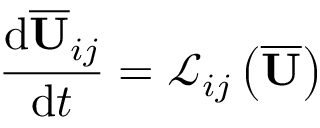
\frac { \mathrm { d } \overline { { \mathbf { U } } } _ { i j } } { \mathrm { d } t } = \mathcal { L } _ { i j } \left( \overline { { \mathbf { U } } } \right)